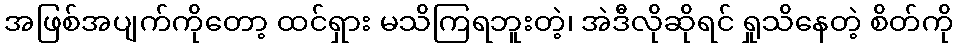
အဖြစ်အပျက်ကိုတော့ ထင်ရှား မသိကြရဘူးတဲ့၊ အဲဒီလိုဆိုရင် ရှုသိနေတဲ့ စိတ်ကို